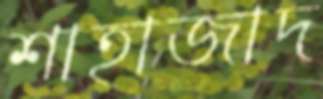
শাহাজাদ